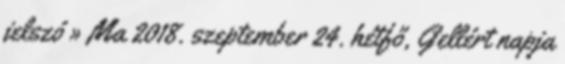
jelszó » Ma 2018. szeptember 24. hétfő, Gellért napja